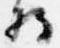
将